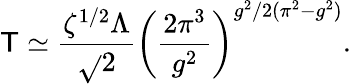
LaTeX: \mathsf{T}\simeq\frac{{\zeta^{1/2}\Lambda}}{{\sqrt{}{{2}}}}\left(\frac{{2\pi^{3}}}{{g^{2}}}\right)^{g^{2}/2(\pi^{2}-g^{2})}.